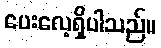
ပေးလေ့ရှိပါသည်။